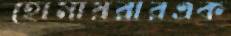
হোমায়রারএক